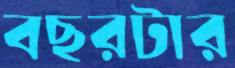
বছরটার